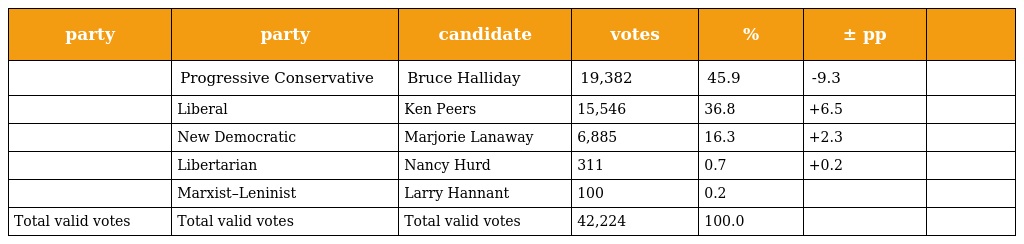
| party | party | candidate | votes | % | ± pp |  |
 | --- | --- | --- | --- | --- | --- | --- |
 |  | Progressive Conservative | Bruce Halliday | 19,382 | 45.9 | -9.3 |  |
 |  | Liberal | Ken Peers | 15,546 | 36.8 | +6.5 |  |
 |  | New Democratic | Marjorie Lanaway | 6,885 | 16.3 | +2.3 |  |
 |  | Libertarian | Nancy Hurd | 311 | 0.7 | +0.2 |  |
 |  | Marxist–Leninist | Larry Hannant | 100 | 0.2 |  |  |
 | Total valid votes | Total valid votes | Total valid votes | 42,224 | 100.0 |  |  |